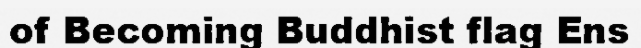
of Becoming Buddhist flag Ens